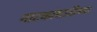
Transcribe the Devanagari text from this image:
नाटकांसाठीच्या